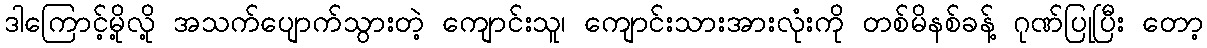
ဒါကြောင့်မို့လို့ အသက်ပျောက်သွားတဲ့ ကျောင်းသူ၊ ကျောင်းသားအားလုံးကို တစ်မိနစ်ခန့် ဂုဏ်ပြုပြီး တော့